Annual report of the Civil Veterinary Department, Bengal, for the year 1896-97 - 1896-1897
Year: 1896
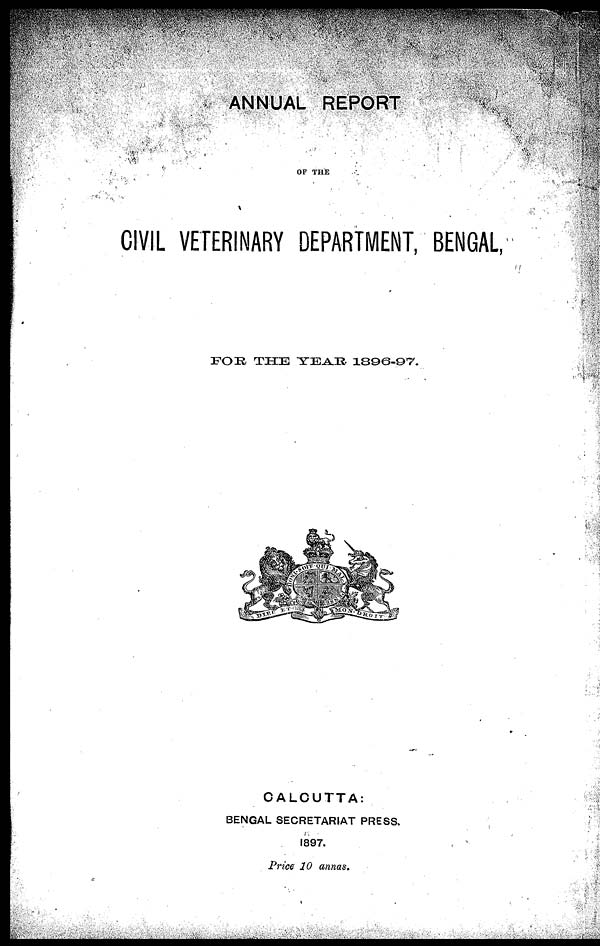
ANNUAL REPORT
OF THE
CIVIL VETERINARY DEPARTMENT, BENGAL,
FOR
THE YEAR 1896-97.
CALCUTTA:
BENGAL SECRETARIAT PRESS.
1897.
Price 10 annas.